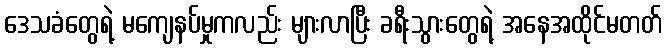
ဒေသခံတွေရဲ့ မကျေနပ်မှုကလည်း များလာပြီး ခရီးသွားတွေရဲ့ အနေအထိုင်မတတ်